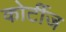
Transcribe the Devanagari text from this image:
कोर्टीज